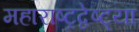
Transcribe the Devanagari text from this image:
महाराष्ट्रद्वेष्ट्या